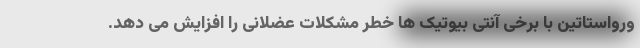
ورواستاتین با برخی آنتی بیوتیک ها خطر مشکلات عضلانی را افزایش می دهد.